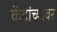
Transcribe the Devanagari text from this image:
केंद्रांच्यावर